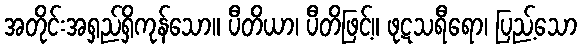
အတိုင်းအရှည်ရှိကုန်သော။ ပီတိယာ၊ ပီတိဖြင့်။ ဖုဋသရီရော၊ ပြည့်သော